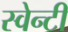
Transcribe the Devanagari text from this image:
स्वेन्‍टी